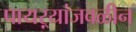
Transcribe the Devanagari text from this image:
पायऱ्यांजवळीन